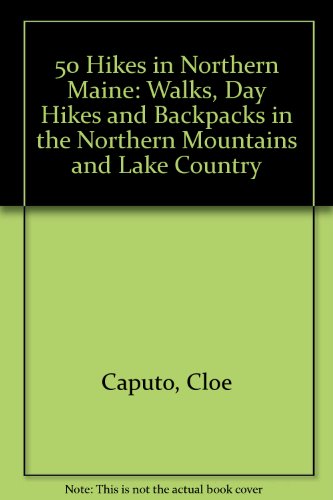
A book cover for Fifty Hikes in Northern Maine; Cloe Caputo; Travel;